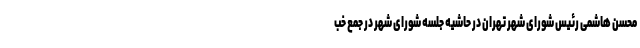
محسن هاشمی رئیس شورای شهر تهران در حاشیه جلسه شورای شهر در جمع خب